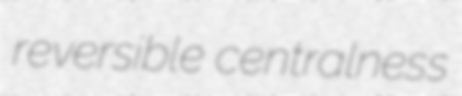
reversible centralness